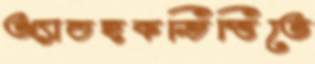
অ্যাডহকভিত্তিতে